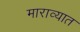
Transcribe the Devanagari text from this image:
माराव्यात